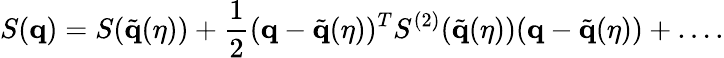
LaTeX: S(\mathbf{q})=S(\tilde{\mathbf{q}}(\eta))+\frac{1}{2}(\mathbf{q}-\tilde{\mathbf{q}}(\eta))^{T}S^{(2)}(\tilde{\mathbf{q}}(\eta))(\mathbf{q}-\tilde{\mathbf{q}}(\eta))+\dots.